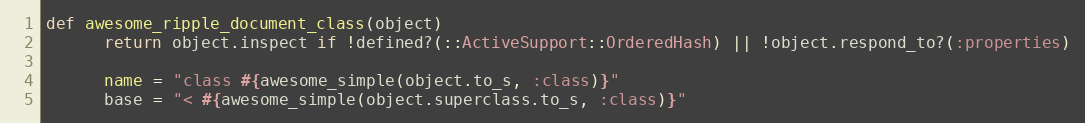
Language: Ruby
def awesome_ripple_document_class(object)
      return object.inspect if !defined?(::ActiveSupport::OrderedHash) || !object.respond_to?(:properties)

      name = "class #{awesome_simple(object.to_s, :class)}"
      base = "< #{awesome_simple(object.superclass.to_s, :class)}"